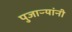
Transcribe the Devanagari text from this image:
पुजाऱ्यांनी